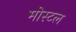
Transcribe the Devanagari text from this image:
मोस्टल